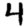
Digit: 4